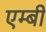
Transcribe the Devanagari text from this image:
एम्बी